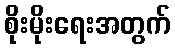
စိုးမိုးရေးအတွက်